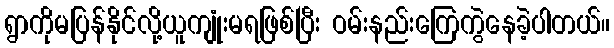
ရွာကိုမပြန်နိုင်လို့ယူကျုံးမရဖြစ်ပြီး ဝမ်းနည်းကြေကွဲနေခဲ့ပါတယ်။